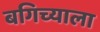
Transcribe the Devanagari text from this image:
बगिच्याला